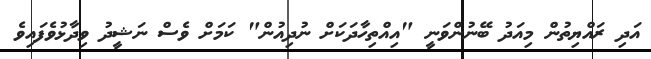
އަދި ރައްޔިތުން މިއަދު ބޭނުންވަނީ "އިއްތިހާދަކަށް ނުދިއުން" ކަމަށް ވެސް ނަޝީދު ވިދާޅުވެފައިވެ